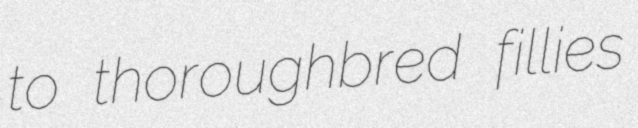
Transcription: to thoroughbred fillies